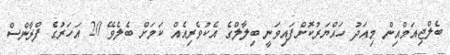
ބެލްޖިއަމްއިން މިއަދު ހައްޔަރުކޮށްފައިވަނީ ބިލާލްގެ އެކުވެރިއެއް ކަމަށް ބެލެވޭ 20 އަހަރުގެ ފްރާންސް